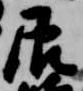
辰